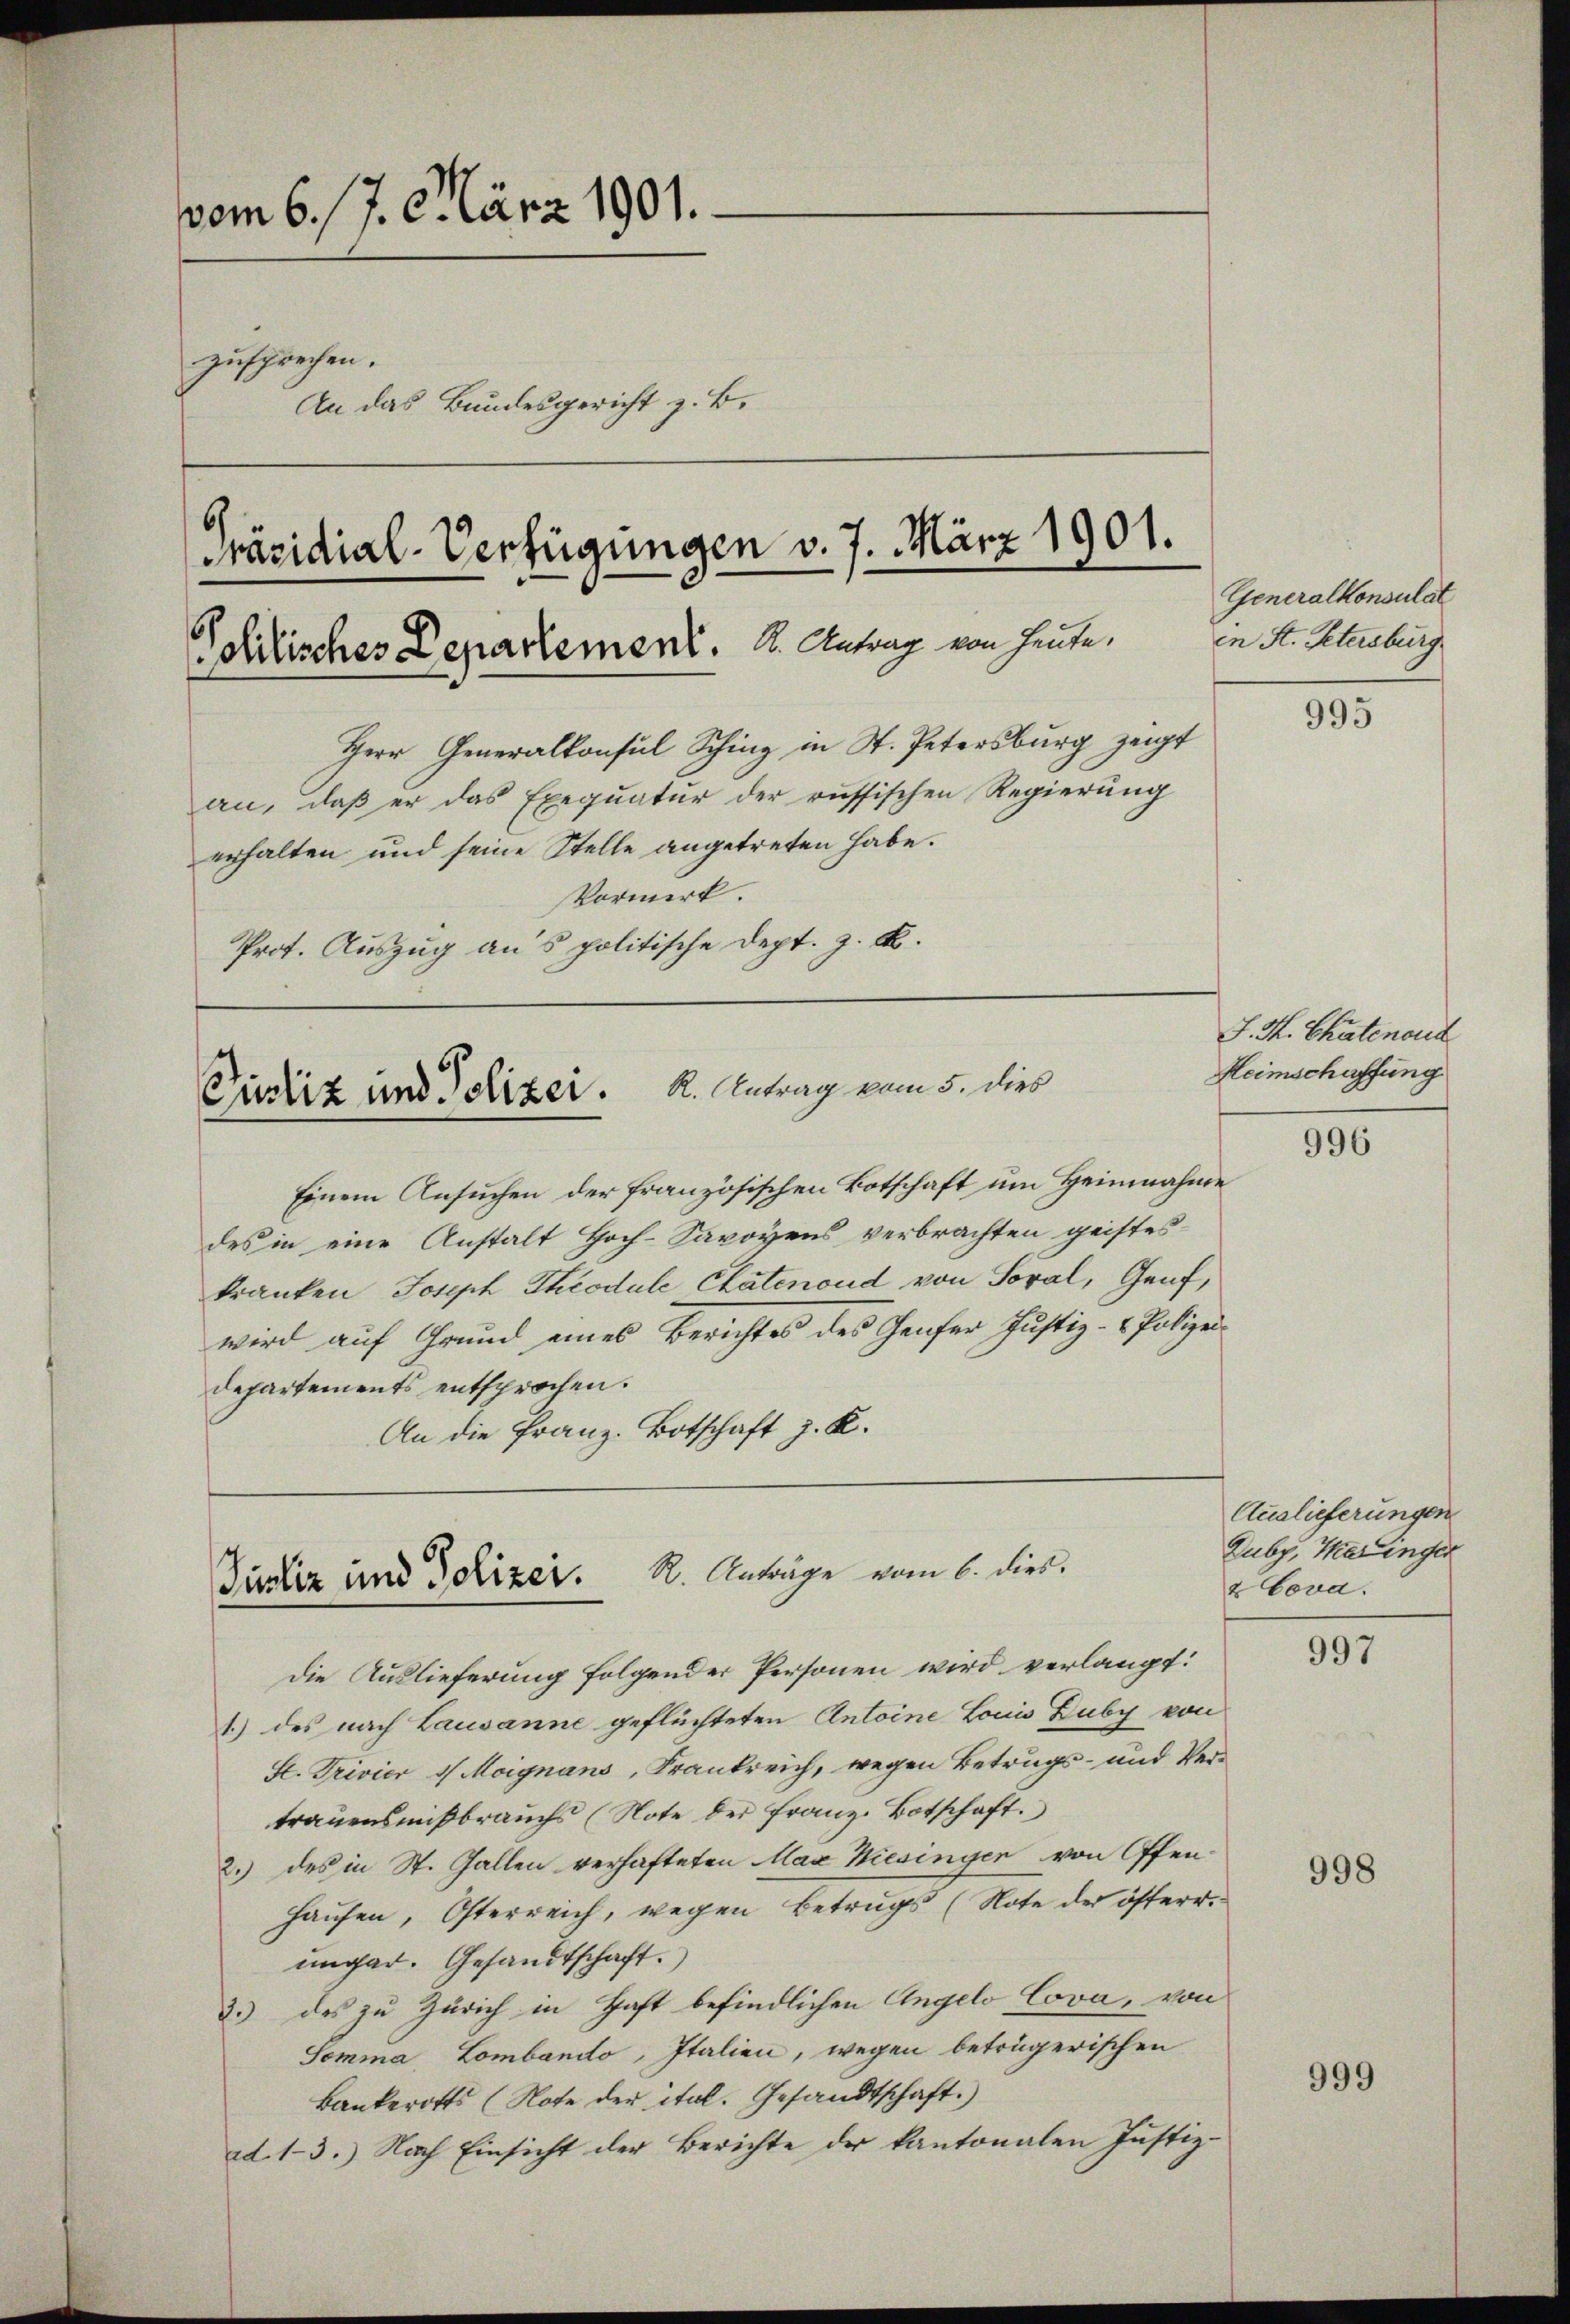
vom 6. 17. März 1901.
zusprechen.
An das Bundesgericht z. B.
Präsidial-Verfügungen v. 7. März 1901.

Politisches Departement. K. Antrag von heute.

erhalten und seine Stelle angetreten habe.
Prot. Auszug aus politische Dept. z. B.

Einem Ansuchen der französischen Botschaft um Heimnahme
des in eine Anstalt Hoch-Savoyens verbrachten geistes-
kranken Joseph Theodale Chatenoud von Soral, Genf,
wird auf Grund eines Berichtes des Genfer Justiz- & Polizei¬
Departements entsprochen.
An die Franz-Botschaft z. K.

Herr Generalkonsul Sching in St. Petersburg zeigt

an, daß er das Exequatur der russischen Regierung
Vormerk

Cinliz und Polizei. K. Antrag vom 5. dies

R. Anträge vom 6. dies.
Justiz und Polizei.

Die Auslieferung folgender Personen wird verlangt:
1.) des nach Lausanne geflüchteten Antoine Louis Zuby von
St. Privier 1 Moignans, Frankreich, wegen Betrugs- und Vertrauensmißbrauchs (Note der Franz Botschaft.
2.) des in St. Gallen verhafteten Max Wiesinger von Offen-
Hausen, Osterreich, wegen Betrugs (Note der österr.
ungar. Gesandtschaft.
2.) des zu Zürich in Haft befindlichen Angelo Cova, von
Somma, Lombando, Italien, wegen beträgerischen
Bankerotts (Note der ital. Gesandtschaft.)
ad. 13.) Nach Einsicht der Berichte der kantonalen Justiz¬

Generalkonsulat
en St. Petersburg

995

J. H. Chatenoud
Heimschaffung

996

Auslieferungen
Zuby, Maringer
& bova.

997

998

999